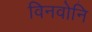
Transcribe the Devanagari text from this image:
विनवोनि